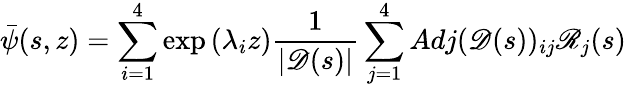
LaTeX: \bar{\psi}(s,z)=\sum_{i=1}^{4}\exp{(\lambda_{i}z)}\frac{1}{|\mathscr{D}(s)|}\sum_{j=1}^{4}Adj(\mathscr{D}(s))_{ij}\mathscr{R}_{j}(s)